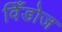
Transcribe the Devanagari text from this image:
विँडोज